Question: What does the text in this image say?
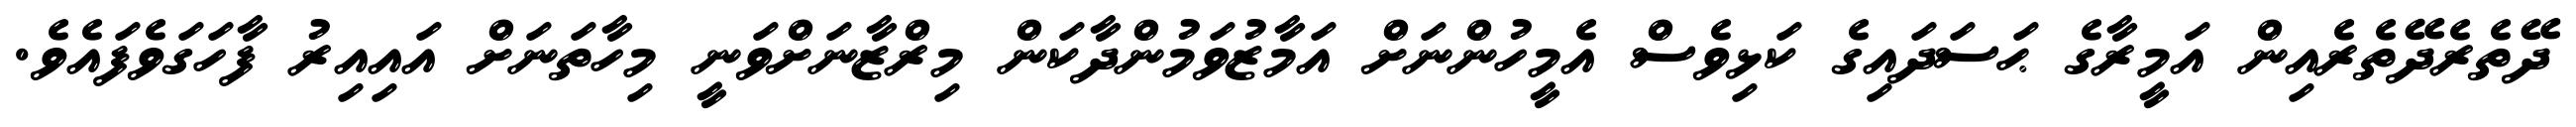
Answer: ދޭތެރެދޭތެރެއިން އަމީރާގެ ޙަސަދައިގެ ކަޅިވެސް އެމީހުންނަށް އަމާޒުވަމުންދާކަން މިރްޒާނަށްވަނީ މިހާތަނަށް އައިއިރު ފާހަގަވެފައެވެ.